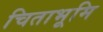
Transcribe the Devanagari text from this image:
चिताभूमि